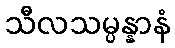
သီလသမ္ပန္နာနံ